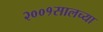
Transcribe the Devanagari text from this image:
२००१सालच्या